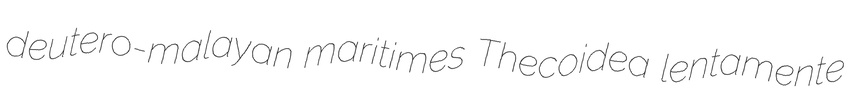
deutero-malayan maritimes Thecoidea lentamente